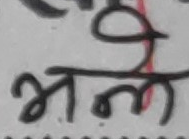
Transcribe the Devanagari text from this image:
भन्ने